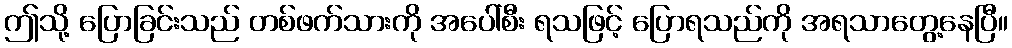
ဤသို့ ပြောခြင်းသည် တစ်ဖက်သားကို အပေါ်စီး ရသဖြင့် ပြောရသည်ကို အရသာတွေ့နေပြီ။